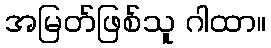
အမြတ်ဖြစ်သူ ဂါထာ။